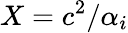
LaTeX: X=c^{2}/\alpha_{i}